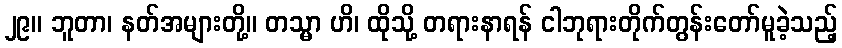
၂၉။ ဘူတာ၊ နတ်အများတို့။ တသ္မာ ဟိ၊ ထိုသို့ တရားနာရန် ငါဘုရားတိုက်တွန်းတော်မူခဲ့သည့်